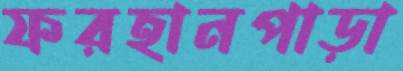
ফরহানপাড়া